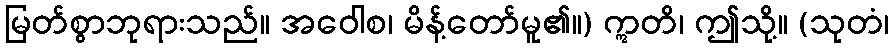
မြတ်စွာဘုရားသည်။ အဝေါစ၊ မိန့်တော်မူ၏။) ဣတိ၊ ဤသို့။ (သုတံ၊